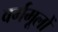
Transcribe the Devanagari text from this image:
वर्गमूलों